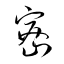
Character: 密